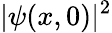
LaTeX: |\psi(x,0)|^{2}